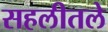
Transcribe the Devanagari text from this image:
सहलीतले